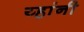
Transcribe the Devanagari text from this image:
य्हांनी